Cholera in southern India
Disease focus: Cholera
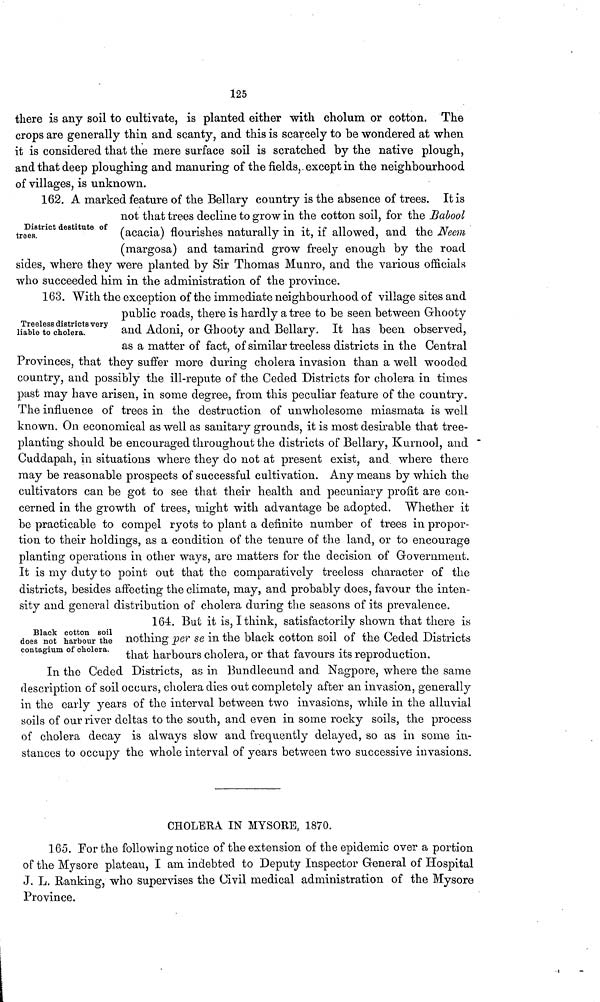
125
there is any soil to cultivate, is planted either with cholum or cotton. The
crops are generally thin and scanty, and this is scarcely to be wondered at when
it is considered that the mere surface soil is scratched by the native plough,
and that deep ploughing and manuring of the fields, except in the neighbourhood
of villages, is unknown.
District destitute of
trees.
162. A marked feature of the Bellary country is the absence of trees. It is
not that trees decline to grow in the cotton soil, for the Babool
(acacia) flourishes naturally in it, if allowed, and the Neem
(margosa) and tamarind grow freely enough by the road
sides, where they were planted by Sir Thomas Munro, and the various officials
who succeeded him in the administration of the province.
Treeless districts very
liable to cholera.
163. With the exception of the immediate neighbourhood of village sites and
public roads, there is hardly a tree to be seen between Grhooty
and Adoni, or Grhooty and Bellary. It has been observed,
as a matter of fact, of similar treeless districts in the Central
Provinces, that they suffer more during cholera invasion than a well wooded
country, and possibly the ill-repute of the Ceded Districts for cholera in times
past may have arisen, in some degree, from this peculiar feature of the country.
The influence of trees in the destruction of unwholesome miasmata is well
known. On economical as well as sanitary grounds, it is most desirable that tree-
planting should be encouraged throughout the districts of Bellary, Kurnool, and
Cuddapah, in situations where they do not at present exist, and where there
may be reasonable prospects of successful cultivation. Any means by which the
cultivators can be got to see that their health and pecuniary profit are con-
cerned in the growth of trees, might with advantage be adopted. Whether it
be practicable to compel ryots to plant a definite number of trees in propor-
tion to their holdings, as a condition of the tenure of the land, or to encourage
planting operations in other ways, are matters for the decision of Government.
It is my duty to point out that the comparatively treeless character of the
districts, besides affecting the climate, may, and probably does, favour the inten-
sity and general distribution of cholera during the seasons of its prevalence.
Black cotton soil
does not harbour the
contagium of cholera.
164. But it is, I think, satisfactorily shown that there is
nothing per se in the black cotton soil of the Ceded Districts
that harbours cholera, or that favours its reproduction.
In the Ceded Districts, as in Bundlecund and Nagpore, where the same
description of soil occurs, cholera dies out completely after an invasion, generally
in the early years of the interval between two invasions, while in the alluvial
soils of our liver deltas to the south, and even in some rocky soils, the process
of cholera decay is always slow and frequently delayed, so as in some in-
stances to occupy the whole interval of years between two successive invasions.